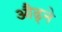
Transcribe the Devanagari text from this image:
औढ्ने